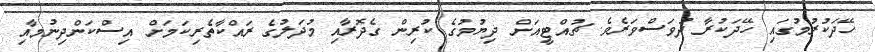
ހޭދަކުރުމުގައި ހޭދަކުރާ ދުވަސްވަރެވެ. ޗުއްޓީއަށް ދިޔުމުގެ ކުރިން ގެދޮރާއި މުދަލުގެ ރައްކާތެރިކަމަށް އިސްކަންދިނުމާއި